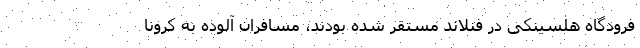
فرودگاه هلسینکی در فنلاند مستقر شده بودند، مسافران آلوده به کرونا